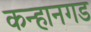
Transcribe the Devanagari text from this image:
कन्हानगड